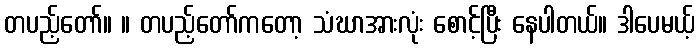
တပည့်တော်။ ။ တပည့်တော်ကတော့ သံဃာအားလုံး စောင့်ပြီး နေပါတယ်။ ဒါပေမယ့်